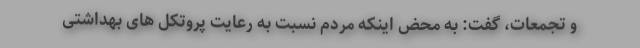
و تجمعات، گفت: به محض اینکه مردم نسبت به رعایت پروتکل های بهداشتی